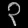
Digit: ၃